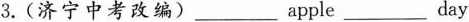
3. (济宁中考改编)___apple ___day